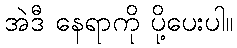
အဲဒီ နေရာကို ပို့ပေးပါ။